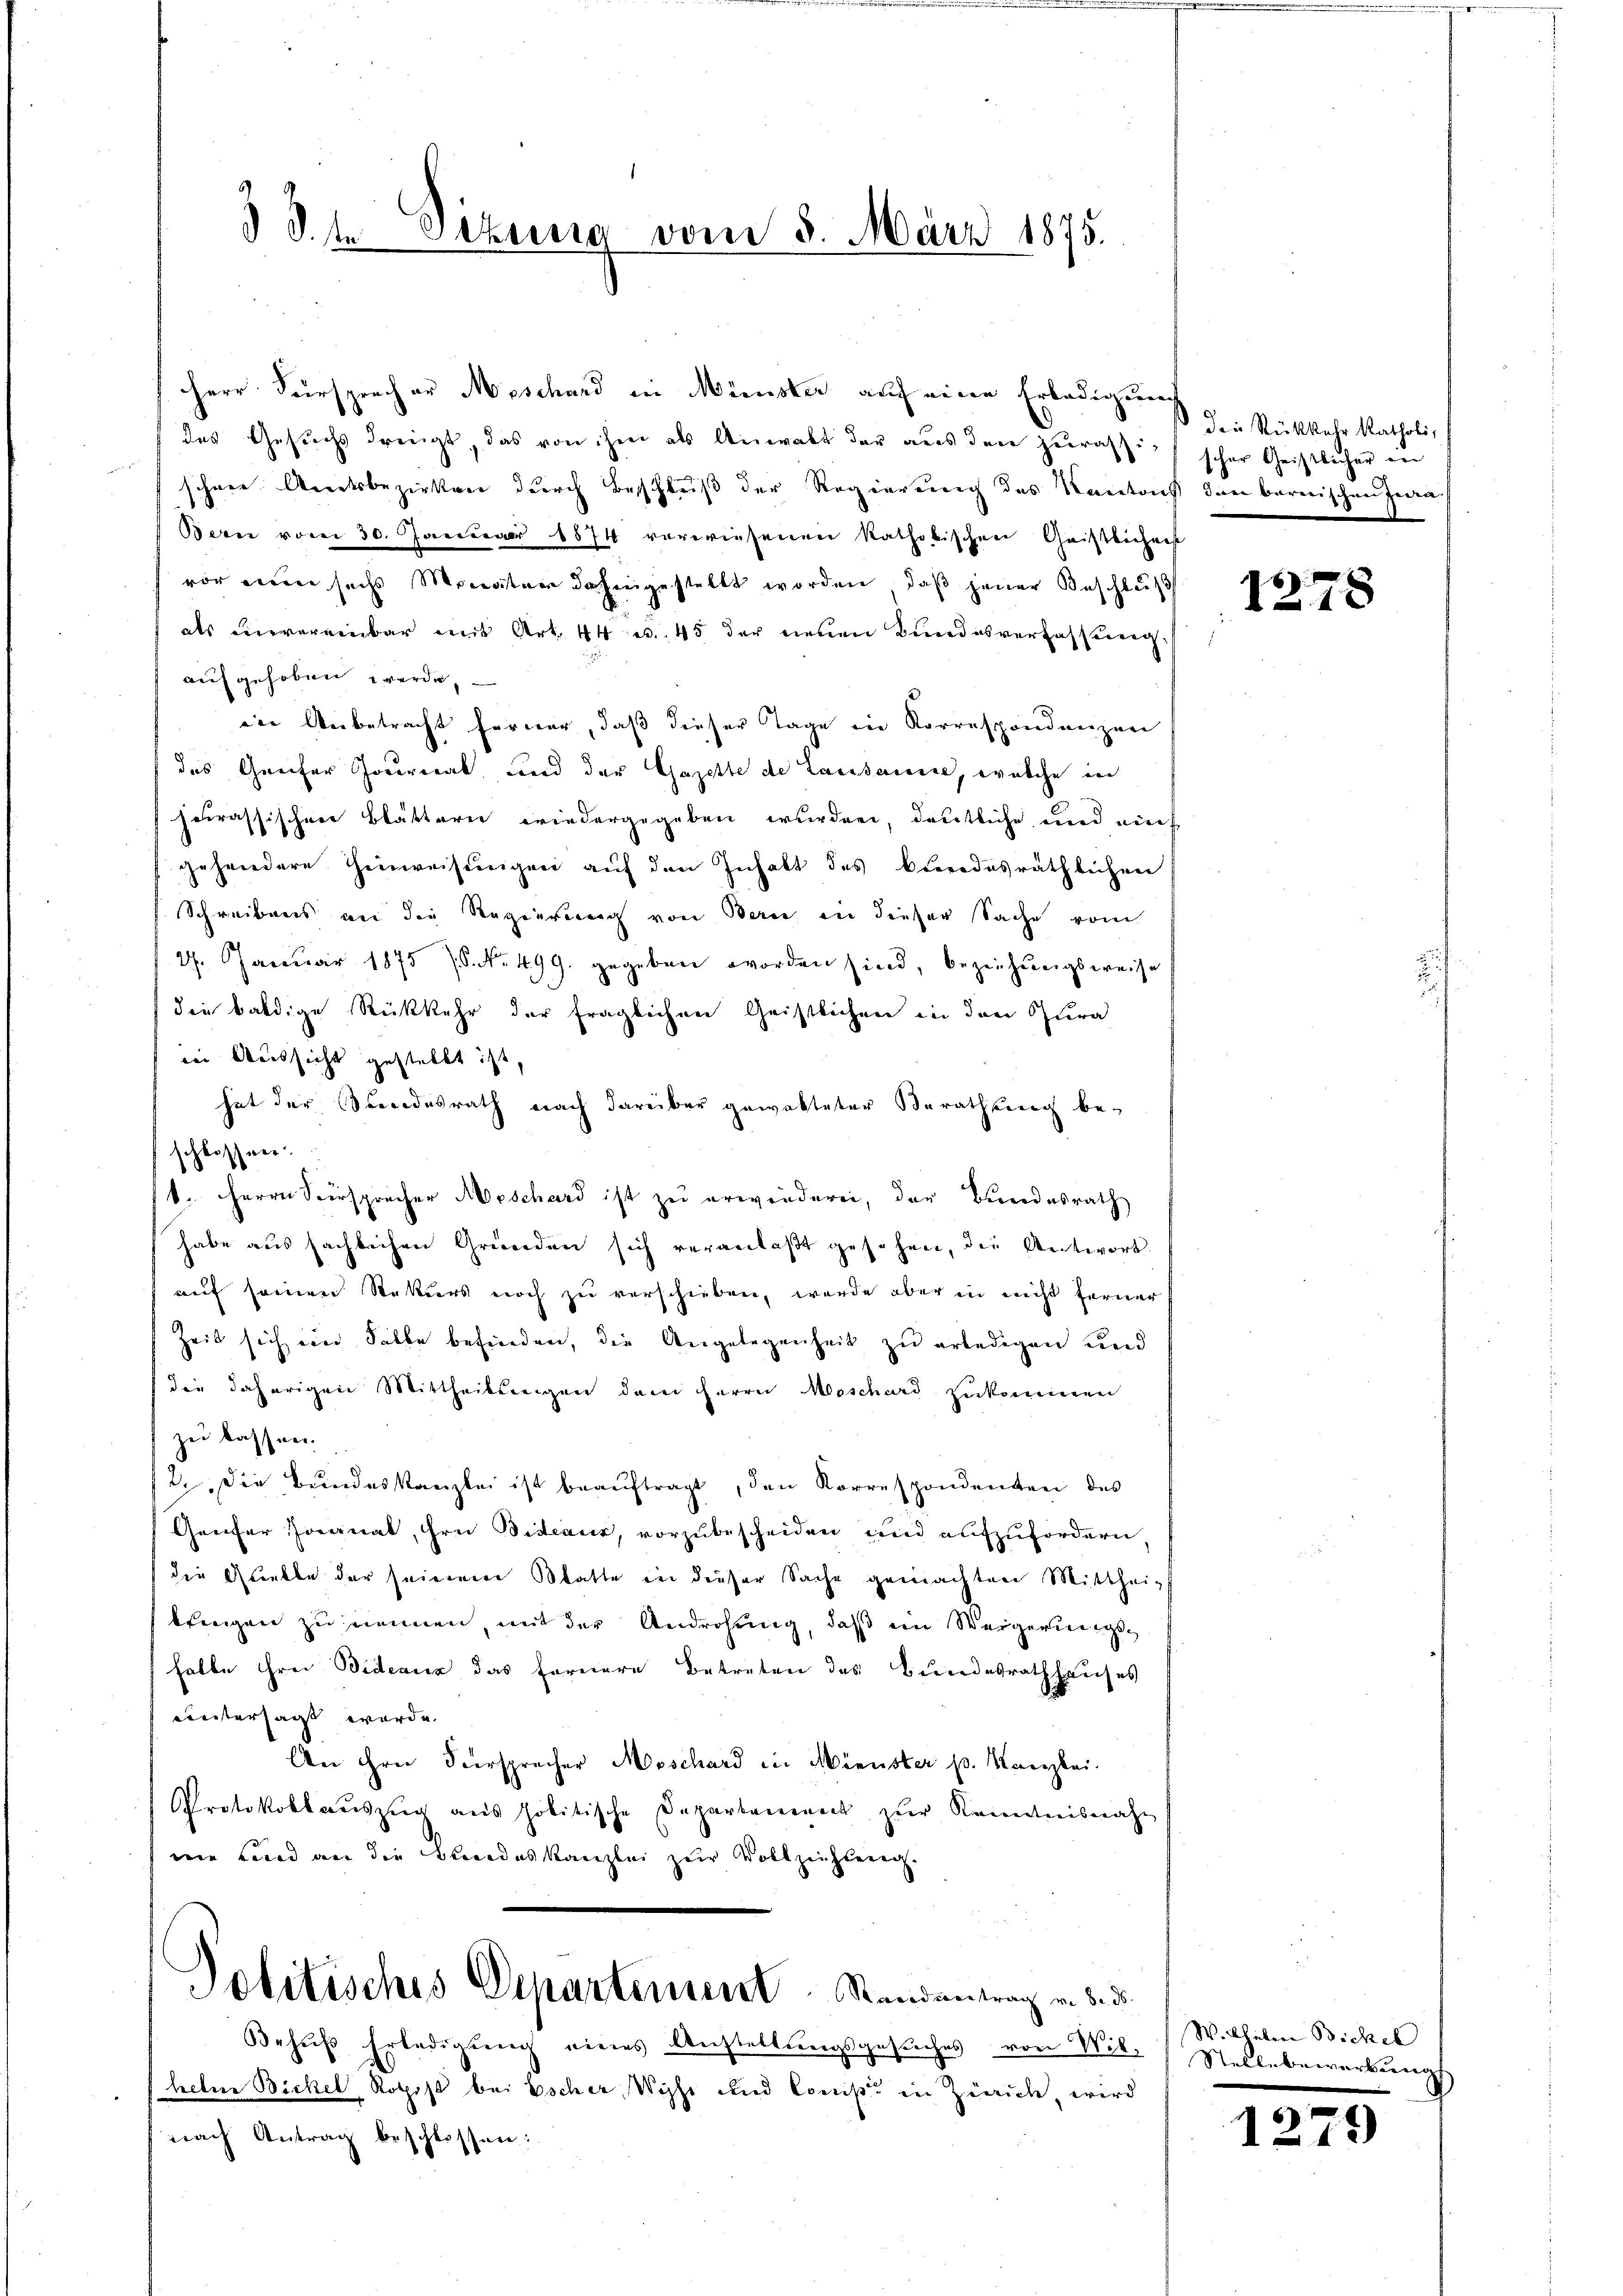
d S. 4 Sekung vom 3. März 1875.

Herr Fürsprecher Moschard in Minister auf eine Erledigung
das Gesuchs dreigt, das von ihm als Anwalt der aus der zurassischen Amtsbezirken durch Beschleiß der Regierung des Kantons den bernischen Jeden
Bern vom 30. Januar 1874 verwiesenen katholischen Geistlichen
vor meine sechs Monatur dahingestellt worden, daß jener Beschlus
als unvereinbar mit Art. 44 u. 45 der neuen Bundesverfassung.
aufgehoben werde,
Die Unbetracht ferner, daß dieser Tage in Korrespondenzen
das Greifer Journal und der Gazette de Lausanne, welche in
heirassischen Blättern wiedergegeben wurden, deutliche und auch
gehendere Heinreisungen auf den Inhalt des Bundesräthlichre
Schreibens an die Regierung von Bern in dieser Sache vom
27. Januar 1875 7. No. 499. gegeben worden sind, beziehungsweise
die baldige Rückkehr der fraglichen Geistlichen in den Spura
iei Russicht gestellt ist,
hat der Findesrath nach darüber gewalteter Berathung beschlossner
1. Herrn Versprecher Meschard ist zu erwenderei, der Bundesrath
habe aus sächlichen Gründen sich veranlaßt gesehen, die Antwort
auf seinen Rekurs noch zu verschieben, werde aber in nicht ferner
Zeit sich ein Salbe befinden, die Angelegenheit zu erledigen und
die daherigen Mittheilungen dem Herrn Moschard zukommen
zu lassen.
2. Die Bundeskanzlei ist beaŭftragt, den Korrespondenten des
Greifer Jonat, Hrn. Bideaux, vorzubescheiden und aufzufordern
die Gliebte der seieren Blatte in dieser Sache gemachten Mittheitfenigen zu nennen, mit der Androhung, daß ein Weigerungshalbe ihrer Videaux das Fernere Betreten des Bundesrathhauses
eintersagt werde.
An ihrer Fürsprecher Moschard in Minister p. Kanzlei
Protokollauszug aus politische Departaneneck zur Kenntnisnahe
ne Land an die Bundeskanzlei zur Vollzeichtung.

Politisches Departement Randantrag v. 8. ds.

Behŭfs Erledigŭng eines Anstellŭngsgesŭches von Wil-
helm Bickel, Rothist bei Escher, Wyss und Comise in Zürich, wird
nach Antrag beschlossen:

die Rückkehr katholis
scher Geistlicher en

1278

W. Ghüber Bickel
Stellebewerbung

3
1215)